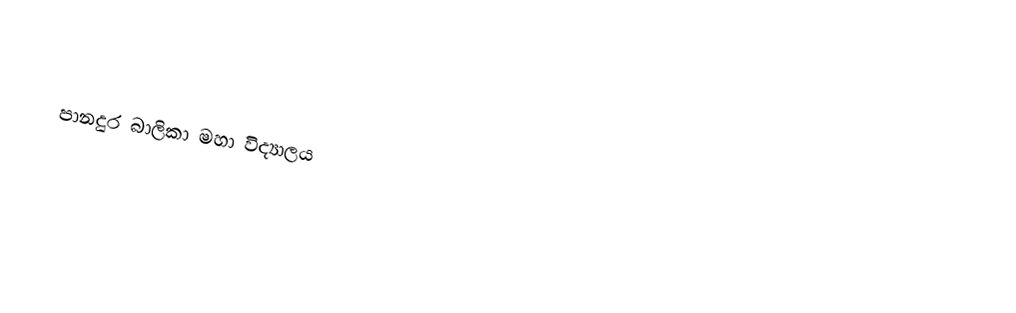

පානදුර බාලිකා මහා විද්‍යාලය